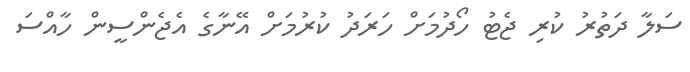
ސަލާ ދަތުރު ކުރި ޖެޓު ހޯދުމަށް ހަރަދު ކުރުމަށް އޭނާގެ އެޖެންސީން ހާއްސަ